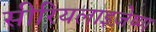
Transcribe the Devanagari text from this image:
सीरियलाइज़ेष्ण